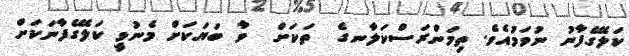
ކަލޭގެފާނު ނުވަމުއެވެ. ތިމަންރަސްކަލާނގެ  ތަކަށް  ވާ ބަޔަކަށް މެނުވީ ކަލޭގެފާނަކަށް